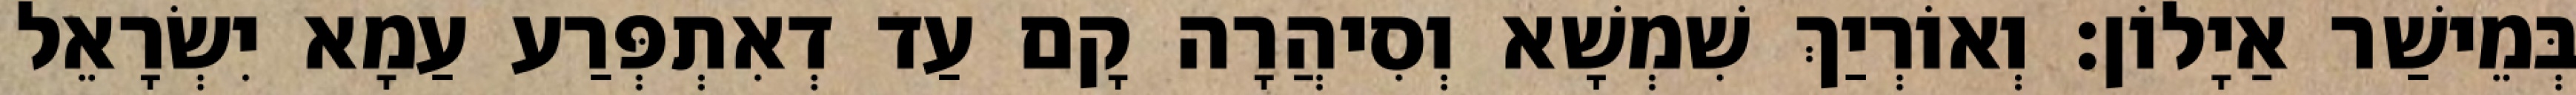
בְּמֵישַׁר אַיָלוֹן׃ וְאוֹרְיַךְ שִׁמְשָׁא וְסִיהֲרָה קָם עַד דְאִתְפְּרַע עַמָא יִשְׂרָאֵל